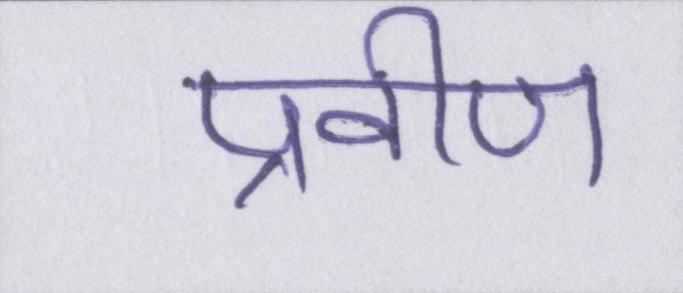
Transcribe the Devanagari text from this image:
प्रवीण